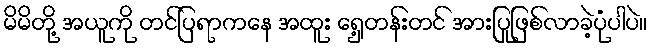
မိမိတို့ အယူကို တင်ပြရာကနေ အထူး ရှေ့တန်းတင် အားပြုဖြစ်လာခဲ့ပုံပါပဲ။